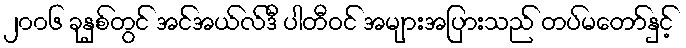
၂၀၀၆ ခုနှစ်တွင် အင်အယ်လ်ဒီ ပါတီဝင် အများအပြားသည် တပ်မတော်နှင့်